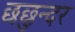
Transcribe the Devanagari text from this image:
छछुन्दर